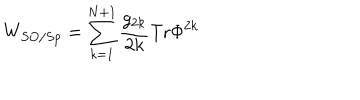
W _ { S O / S p } = \sum _ { k = 1 } ^ { N + 1 } \frac { g _ { 2 k } } { 2 k } \mathrm { T r } \Phi ^ { 2 k }